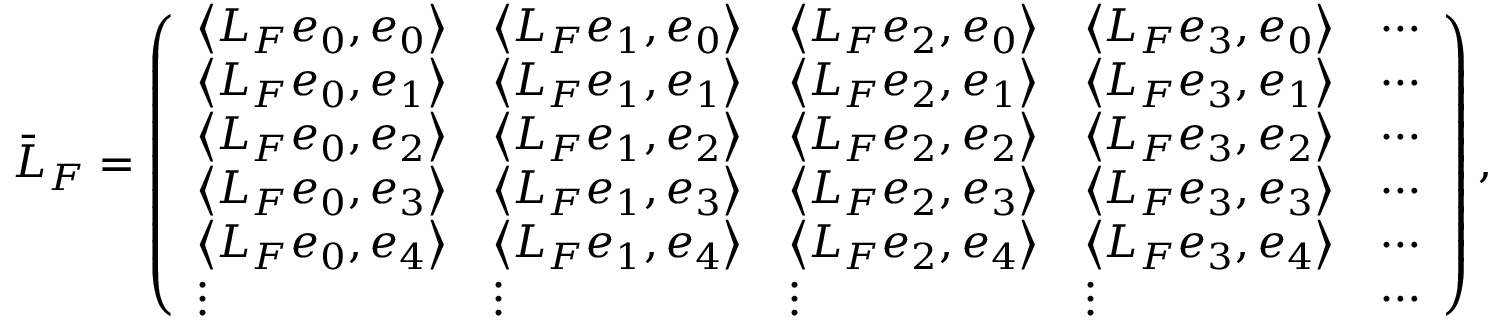
\bar { L } _ { F } = \left( \begin{array} { l l l l l } { \left\langle L _ { F } e _ { 0 } , e _ { 0 } \right\rangle } & { \left\langle L _ { F } e _ { 1 } , e _ { 0 } \right\rangle } & { \left\langle L _ { F } e _ { 2 } , e _ { 0 } \right\rangle } & { \left\langle L _ { F } e _ { 3 } , e _ { 0 } \right\rangle } & { \cdots } \\ { \left\langle L _ { F } e _ { 0 } , e _ { 1 } \right\rangle } & { \left\langle L _ { F } e _ { 1 } , e _ { 1 } \right\rangle } & { \left\langle L _ { F } e _ { 2 } , e _ { 1 } \right\rangle } & { \left\langle L _ { F } e _ { 3 } , e _ { 1 } \right\rangle } & { \cdots } \\ { \left\langle L _ { F } e _ { 0 } , e _ { 2 } \right\rangle } & { \left\langle L _ { F } e _ { 1 } , e _ { 2 } \right\rangle } & { \left\langle L _ { F } e _ { 2 } , e _ { 2 } \right\rangle } & { \left\langle L _ { F } e _ { 3 } , e _ { 2 } \right\rangle } & { \cdots } \\ { \left\langle L _ { F } e _ { 0 } , e _ { 3 } \right\rangle } & { \left\langle L _ { F } e _ { 1 } , e _ { 3 } \right\rangle } & { \left\langle L _ { F } e _ { 2 } , e _ { 3 } \right\rangle } & { \left\langle L _ { F } e _ { 3 } , e _ { 3 } \right\rangle } & { \cdots } \\ { \left\langle L _ { F } e _ { 0 } , e _ { 4 } \right\rangle } & { \left\langle L _ { F } e _ { 1 } , e _ { 4 } \right\rangle } & { \left\langle L _ { F } e _ { 2 } , e _ { 4 } \right\rangle } & { \left\langle L _ { F } e _ { 3 } , e _ { 4 } \right\rangle } & { \cdots } \\ { \vdots } & { \vdots } & { \vdots } & { \vdots } & { \cdots } \end{array} \right) ,